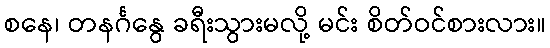
စနေ၊ တနင်္ဂနွေ ခရီးသွားမလို့ မင်း စိတ်ဝင်စားလား။